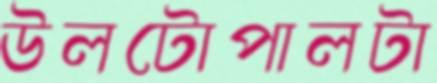
উলটোপালটা